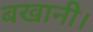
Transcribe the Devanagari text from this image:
बखानी।